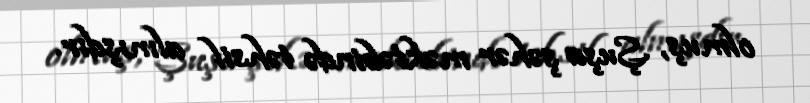
olmuş, Şuşa şəhər məktəbində təhsil almışdır.